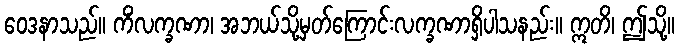
ဝေဒနာသည်။ ကိံလက္ခဏာ၊ အဘယ်သို့မှတ်ကြောင်းလက္ခဏာရှိပါသနည်း။ ဣတိ၊ ဤသို့။